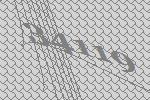
34119